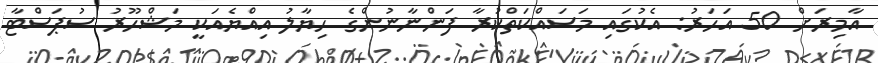
އާމިރަށް 50 އަހަރު: އެކުގައި މަސައްކަތްކުރާ ފަންނާނުންގެ ހިޔާލު އިއްޔެއަކީ މަޝްހޫރު ސުޕަސްޓާ